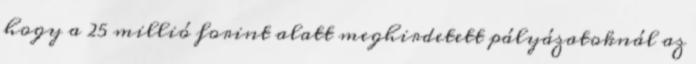
hogy a 25 millió forint alatt meghirdetett pályázatoknál az